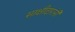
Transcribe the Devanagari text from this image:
साक्षीदारांनी